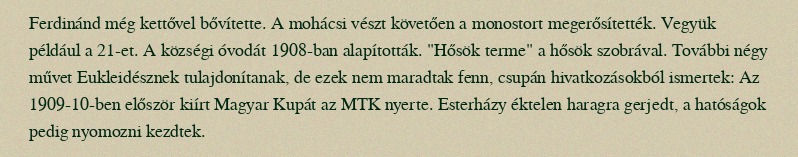
Ferdinánd még kettővel bővítette. A mohácsi vészt követően a monostort megerősítették. Vegyük például a 21-et. A községi óvodát 1908-ban alapították. "Hősök terme" a hősök szobrával. További négy művet Eukleidésznek tulajdonítanak, de ezek nem maradtak fenn, csupán hivatkozásokból ismertek: Az 1909-10-ben először kiírt Magyar Kupát az MTK nyerte. Esterházy éktelen haragra gerjedt, a hatóságok pedig nyomozni kezdtek.